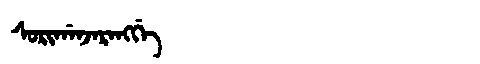
Manchu: ᠰᠣᡵᡳᡤᠠᠨᠵᠠᡵᠠᠩᡤᡝ
Romanization: SORIGANJARANGGE